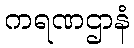
ကရဏဌာနံ